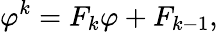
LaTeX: \varphi^{k}=F_{k}\varphi+F_{k-1},